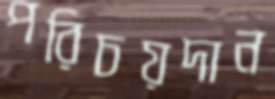
পরিচয়দান